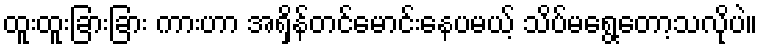
ထူးထူးခြားခြား ကားဟာ အရှိန်တင်မောင်းနေပမယ့် သိပ်မရွေ့တော့သလိုပဲ။